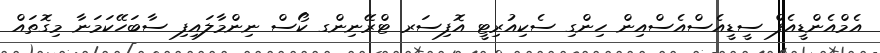
އެމްއެންޑީއެފް ސީޑީއެސްއެސްއިން ހިންގި ސެކިއުރިޓީ އޮފިސަރ ޓްރޭނިންގ ކޯސް ނިންމާލައިފި ސާބަހޭކަމަނާ މިގޮތައް